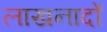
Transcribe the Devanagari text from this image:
लाखनादों